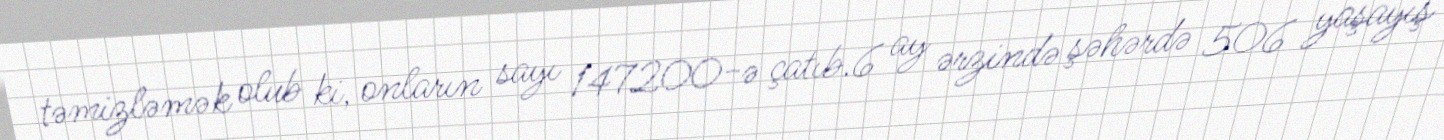
təmizləmək olub ki, onların sayı 147200-ə çatıb.6 ay ərzində şəhərdə 506 yaşayış